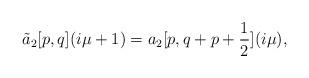
LaTeX: \begin{align*}\tilde a_{2}[p,q](i\mu+1)= a_{2}[p,q+p+\frac{1}{2}](i\mu),\end{align*}